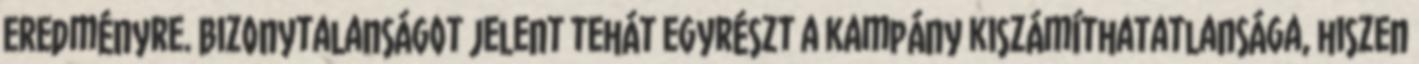
eredményre. Bizonytalanságot jelent tehát egyrészt a kampány kiszámíthatatlansága, hiszen